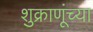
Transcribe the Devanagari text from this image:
शुक्राणूंच्या